Annual returns of the Patna Lunatic Asylum at Bankipore in Bihar and Orissa - 1912-1924
Year: 1912
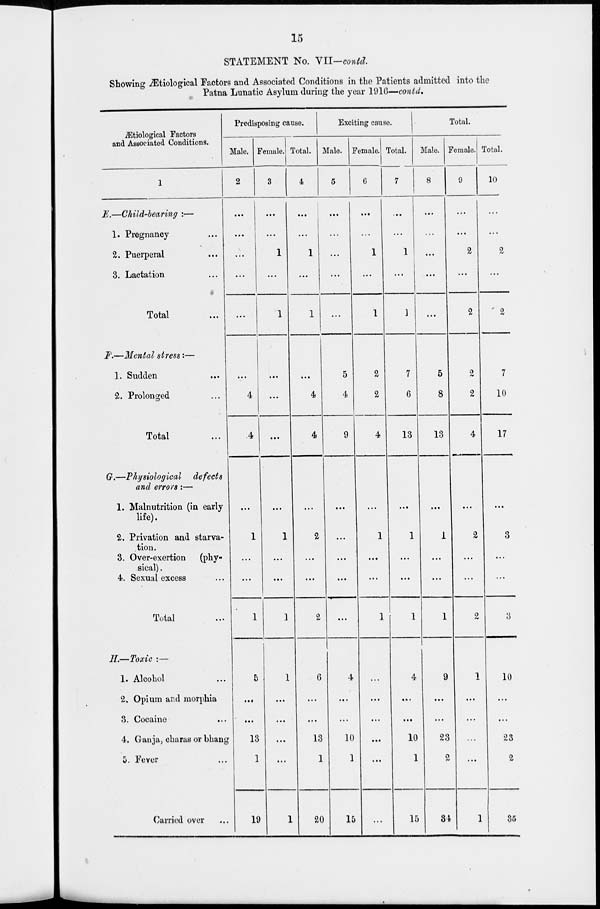
15
STATEMENT No. VII—contd.
Showing Ætiological Factors and Associated Conditions in the Patients admitted into the
Patna Lunatic Asylum during the year 1916—contd.
Ætiological Factors
and Associated Conditions.
1
E.—Child-bearing :—
1. Pregnancy ...
2. Puerperal ...
3. Lactation ...
Total ...
F.—Mental stress:—
1. Sudden ...
2. Prolonged ...
Total ...
G.—Physiological
defects
and errors:—
1. Malnutrition (in early
life).
2. Privation and starva-
tion.
3. Over-exertion
(phy-
sical) .
4. Sexual excess ...
Total ...
H.—Toxic : —
1. Alcohol ...
2. Opium and morphia
3. Cocaine ...
4. Ganja, charas or bhang
5. Fever ...
Carried over ...
Predisposing cause.
Male.
2
...
...
...
...
...
...
4
4
...
1
...
...
1
5
...
...
13
1
19
Female.
3
...
...
1
...
1
...
...
...
...
1
...
...
1
1
...
...
...
...
1
Total.
4
...
...
1
...
1
...
4
4
...
2
...
...
2
6
...
...
13
1
20
Exciting cause.
Male.
5
...
...
...
...
...
5
4
9
...
...
...
...
...
4
...
...
10
1
15
Female.
6
...
...
1
...
1
2
2
4
...
1
...
...
1
...
...
...
...
...
...
Total.
7
...
...
1
...
1
7
6
13
...
1
...
...
1
4
...
...
10
1
15
Total.
Male.
8
...
...
...
...
...
5
8
13
...
1
...
...
1
9
...
...
23
2
34
Female.
9
...
...
2
...
2
2
2
4
...
2
...
...
2
1
...
...
...
...
1
Total.
10
...
...
2
...
2
7
10
17
...
3
...
...
3
10
...
...
23
2
35